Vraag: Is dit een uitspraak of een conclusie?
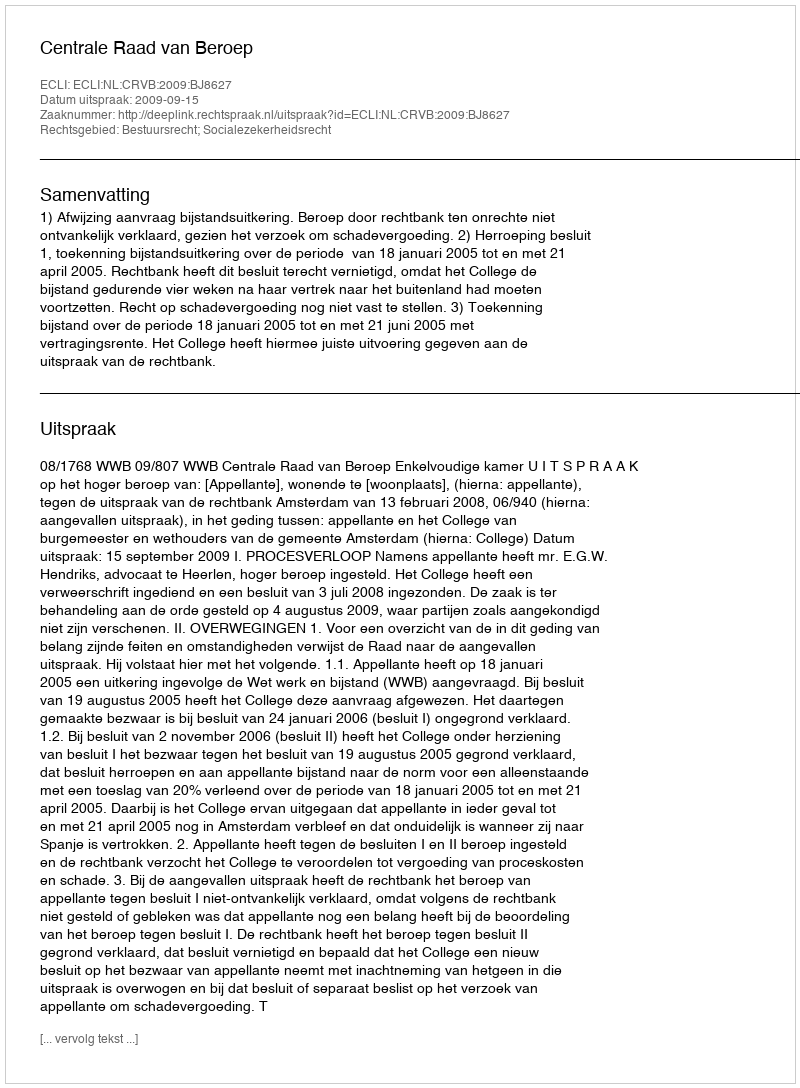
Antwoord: Uitspraak